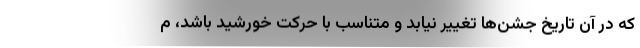
که در آن تاریخ جشن‌ها تغییر نیابد و متناسب با حرکت خورشید باشد، م